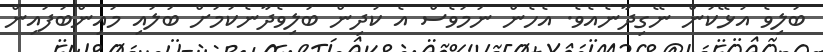
ބަލިވެ އުޅޭކަން ނޭގިދާނެއެވެ. އެހެން ނަމަވެސް އެ ކުދިން ބަލިވެދާނެކަމަށް ބަލައި މައިންބަފައިން